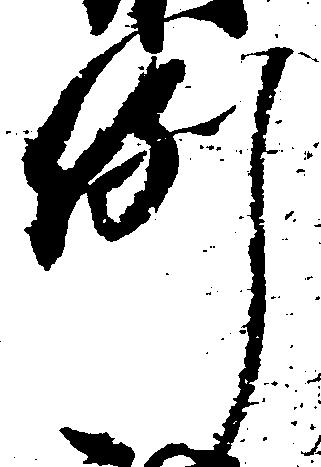
例